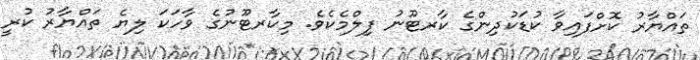
ތައްޔާރު ކޮށްފައިވާ ކުޑަކުދިންގެ ކާރޓޫނު ފިލްމެކެވެ. މިކާރޓޫނުގެ ވާހަކަ ލިޔެ ތައްޔާރު ކުރީ